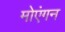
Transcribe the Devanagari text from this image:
मोएंगन